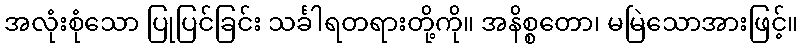
အလုံးစုံသော ပြုပြင်ခြင်း သင်္ခါရတရားတို့ကို။ အနိစ္စတော၊ မမြဲသောအားဖြင့်။